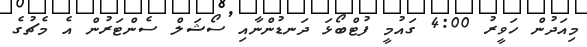
މިއަދުން ހަވީރު 4:00 ގައުމީ ފުޓްބޯޅަ ދަނޑުންނާއި ސޯޝަލް ސެންޓަރުން އެ މެޗުގެ